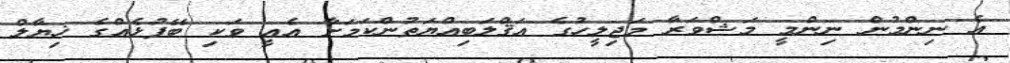
އެ ނިންމުން ނިންމީ މަޝްވަރާ މަޖިލީހުގެ އަޤްލަބިއްޔަތުންކަމަށާ އެއީ ވަކި ބޭފުޅެއްގެ ޚިޔާލް